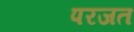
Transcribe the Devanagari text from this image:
परजत